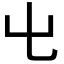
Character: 𡳾